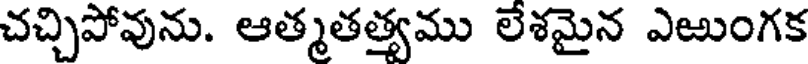
చచ్చిపోవును. ఆత్మతత్యము లేశమైన ఎఱుంగక